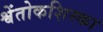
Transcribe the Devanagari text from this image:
श्वेंतोकशिस्का